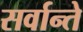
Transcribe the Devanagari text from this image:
सर्वान्ते